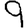
Digit: 9